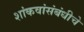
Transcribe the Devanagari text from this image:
शांकवांसंबंधीचे